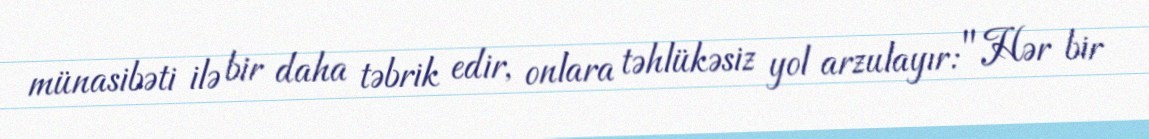
münasibəti ilə bir daha təbrik edir, onlara təhlükəsiz yol arzulayır: "Hər bir